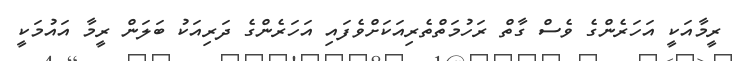
ރީމާއަކީ އަހަރެންގެ ވެސް ގާތް ރަހުމަތްތެރިއަކަށްވެފައި އަހަރެންގެ ދަރިއަކު ބަލަން ރީމާ އައުމަކީ